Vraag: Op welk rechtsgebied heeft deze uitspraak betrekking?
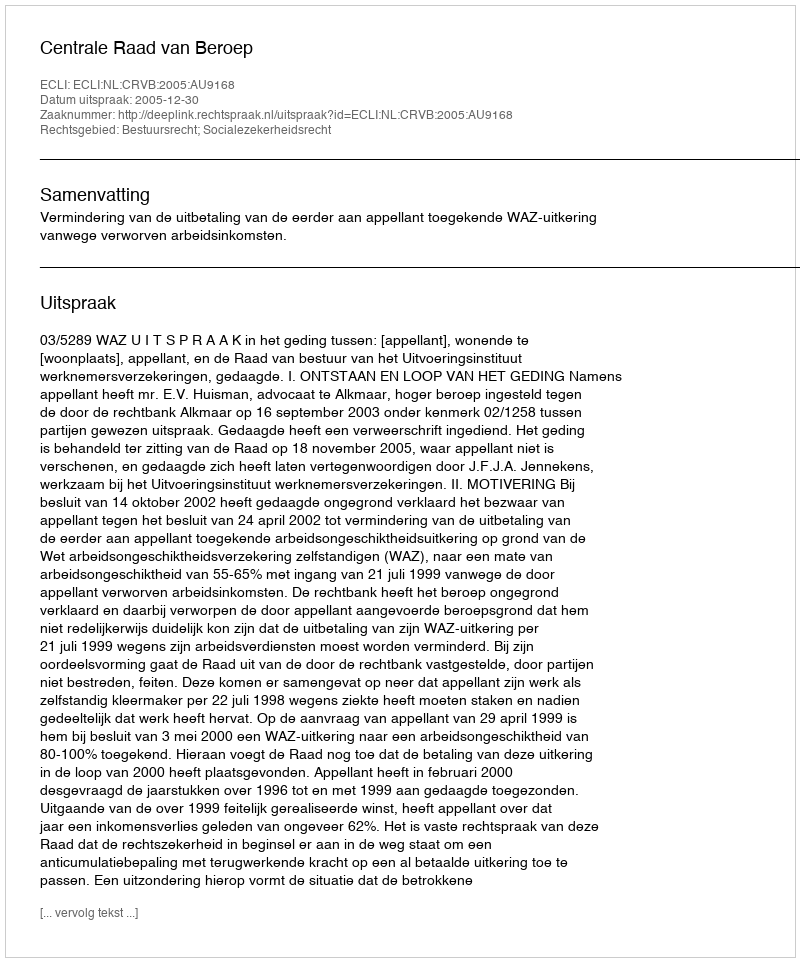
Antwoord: Bestuursrecht; Socialezekerheidsrecht